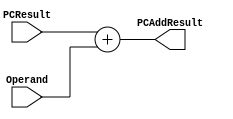
`timescale 1ns / 1ps
//////////////////////////////////////////////////////////////////////////////////
// Company: 
// Engineer: 
// 
// Design Name: 
// Module Name: PCAdder
// Project Name: 
// Target Devices: 
// Tool Versions: 
// Description: 
// 
// Dependencies: 
// 
// Revision:
// Revision 0.01 - File Created
// Additional Comments:
// 
//////////////////////////////////////////////////////////////////////////////////

module PCAdder(PCResult, Operand, PCAddResult);

    input [31:0] PCResult, Operand;
    output reg [31:0] PCAddResult;
    
    always @(*)
        begin  
            PCAddResult <= PCResult + Operand;
        end

endmodule